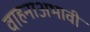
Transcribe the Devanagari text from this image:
वाहनाअभावी